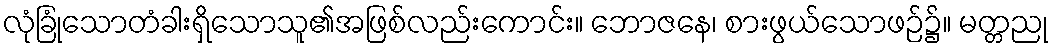
လုံခြုံသောတံခါးရှိသောသူ၏အဖြစ်လည်းကောင်း။ ဘောဇနေ၊ စားဖွယ်သောဖဉ်၌။ မတ္တညု